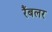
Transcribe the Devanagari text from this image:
रैंबलर